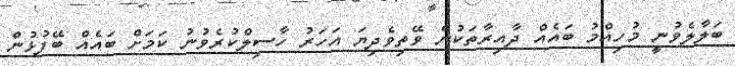
ބަލާލެވުނީ މުހިއްމު ބައެއް ދާއިރާތަކުން ވޭތިވެދިޔަ އަހަރު ހާސިލްކުރެވުނު ކަމަށް ބައެއް ބޭފުޅުން